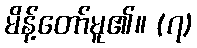
မိန့်တော်မူ၏။ (၇)